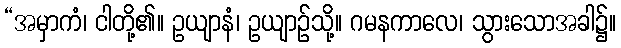
“အမှာကံ၊ ငါတို့၏။ ဥယျာနံ၊ ဥယျာဉ်သို့။ ဂမနကာလေ၊ သွားသောအခါ၌။